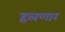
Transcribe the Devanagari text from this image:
हलणार